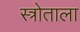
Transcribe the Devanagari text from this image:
स्त्रोताला